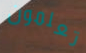
تعلمون